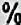
%